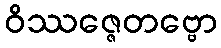
ဝိဿဇ္ဇေတဗ္ဗော